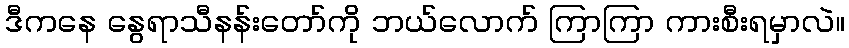
ဒီကနေ နွေရာသီနန်းတော်ကို ဘယ်လောက် ကြာကြာ ကားစီးရမှာလဲ။